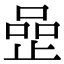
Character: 𠹜